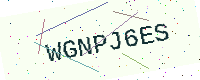
Text: WGNPJ6ES